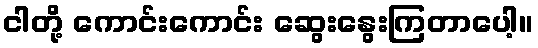
ငါတို့ ကောင်းကောင်း ဆွေးနွေးကြတာပေါ့။